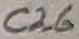
Text: C26